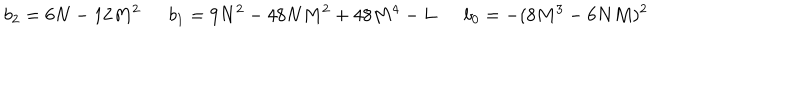
LaTeX: b _ { 2 } = 6 N - 1 2 M ^ { 2 } \ \ b _ { 1 } = 9 N ^ { 2 } - 4 8 N M ^ { 2 } + 4 8 M ^ { 4 } - L \ \ b _ { 0 } = - ( 8 M ^ { 3 } - 6 N M ) ^ { 2 }